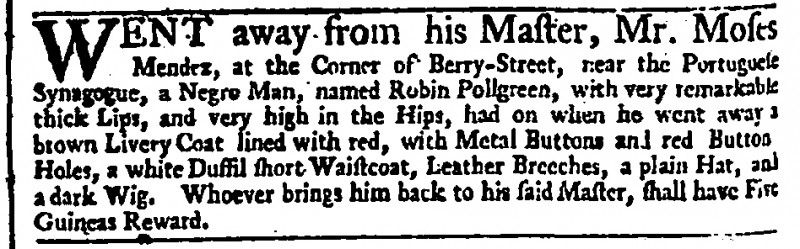
Daily Advertiser, 3 April 1745 (England)
WENT away from his Master, Mr. Moses Mendez, at the Corner of Berry-Street, near the Portuguese Synagogue, a Negro Man, named Robin Pollgreen, with very remarkable thick Lips, and very high in the Hips, had on when he went away a brown Livery Coat lined with red, with Metal Buttons and red Button Holes, a white Duffil short Waistcoat, Leather Breeches, a plain Hat, and a dark Wig. Whoever brings him back to his said Master, shall have Five Guineas Reward.